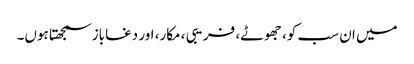
میں ان سب کو، جھوٹے، فریبی ، مکار، اور دغاباز سمجھتا ہوں۔